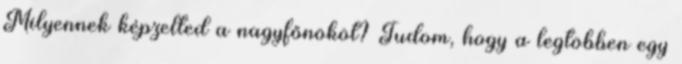
Milyennek képzelted a nagyfőnököt? Tudom, hogy a legtöbben egy